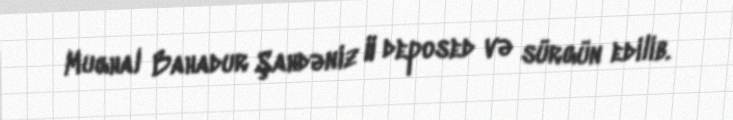
Mughal Bahadur Şahdəniz II deposed və sürgün edilib.